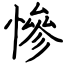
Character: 慘